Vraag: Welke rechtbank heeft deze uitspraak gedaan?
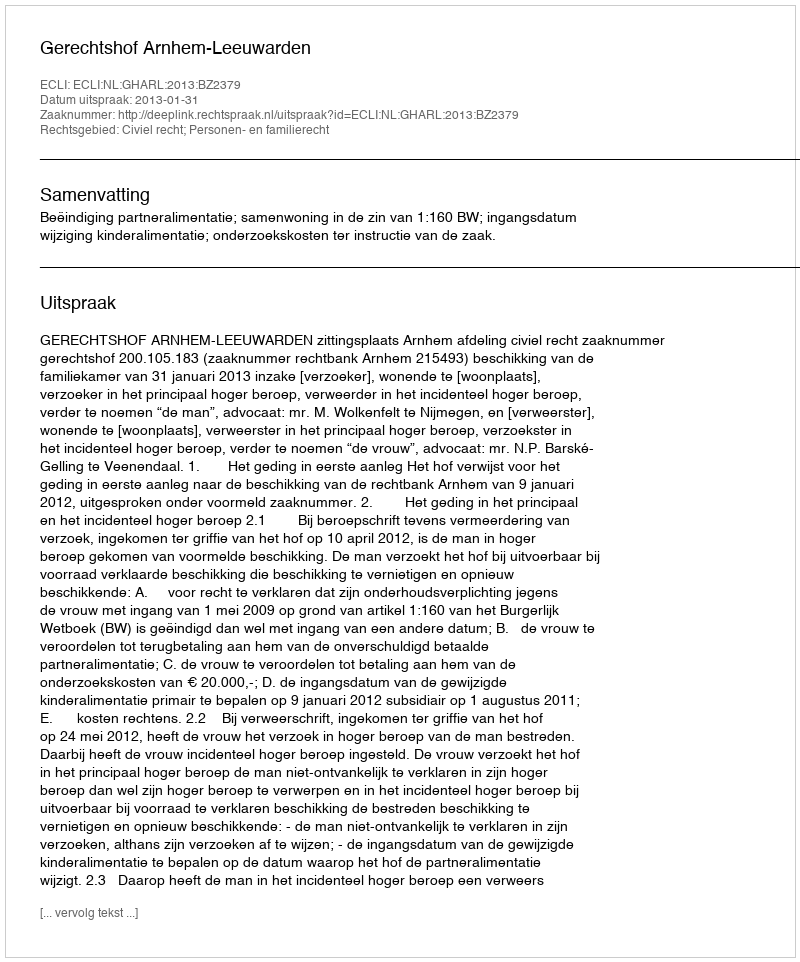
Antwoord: Gerechtshof Arnhem-Leeuwarden